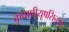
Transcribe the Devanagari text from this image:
कृपापीयूषसिन्धवे